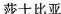
莎士比亚